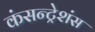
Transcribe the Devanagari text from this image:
कंसन्ट्रेशंस